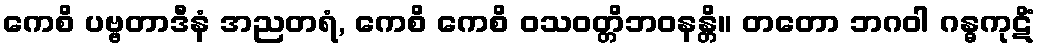
ကေစိ ပဗ္ဗတာဒီနံ အညတရံ, ကေစိ ကေစိ ဝသဝတ္တိဘဝနန္တိ။ တတော ဘဂဝါ ဂန္ဓကုဋိံ